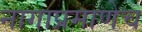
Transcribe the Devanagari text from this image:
नागाप्रमाणेच